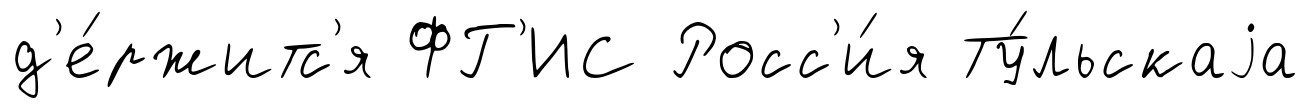
д'е́ржитс'я ФГ'ИС Росс'и́я Ту́льскаjа